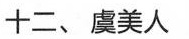
十二、虞美人